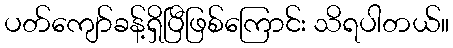
ပတ်ကျော်ခန့်ရှိပြီဖြစ်ကြောင်း သိရပါတယ်။